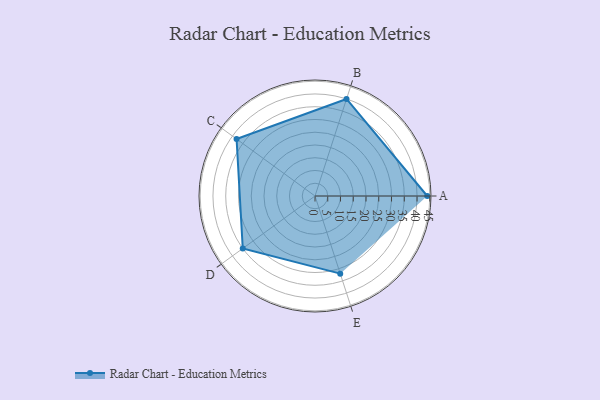
{"axis": {"x": "Skill", "y": "Score"}, "legend": ["Profile"], "data": [{"x": "A", "y": 44.0, "type": "Profile"}, {"x": "B", "y": 40.0, "type": "Profile"}, {"x": "C", "y": 38.0, "type": "Profile"}, {"x": "D", "y": 35.0, "type": "Profile"}, {"x": "E", "y": 32.0, "type": "Profile"}]}